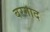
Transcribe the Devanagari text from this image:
बरगाद